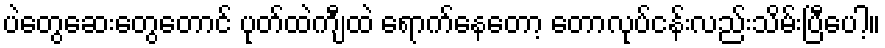
ပဲတွေဆေးတွေတောင် ပုတ်ထဲကျီထဲ ရောက်နေတော့ တောလုပ်ငန်းလည်းသိမ်းပြီပေါ့။